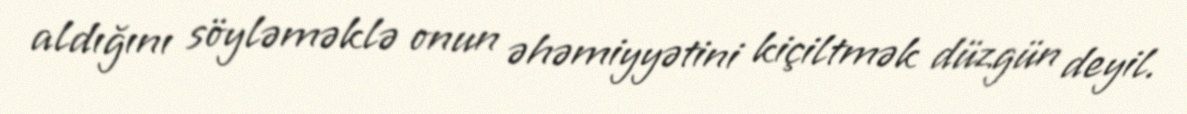
aldığını söyləməklə onun əhəmiyyətini kiçiltmək düzgün deyil.